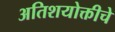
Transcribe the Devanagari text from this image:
अतिशयोक्तीचे